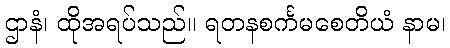
ဌာနံ၊ ထိုအရပ်သည်။ ရတနစင်္ကမစေတိယံ နာမ၊